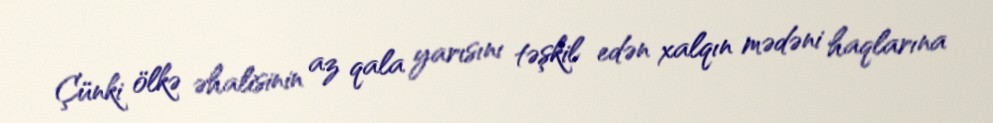
Çünki ölkə əhalisinin az qala yarısını təşkil edən xalqın mədəni haqlarına